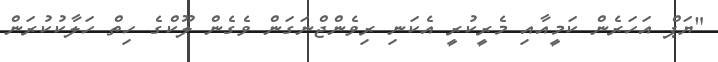
"ޔަޕް އަހަރެން ކަމީއާއި މެރީކުރީ އެކަނި ރިވެންޖްނަގަން ވެގެން ލޫކްގެ ހިތް ހަލާކުކުރަން